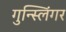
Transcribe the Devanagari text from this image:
गुन्स्लिंगर